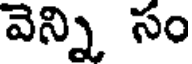
వెన్ని సం